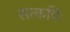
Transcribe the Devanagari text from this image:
सत्कविः